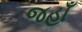
જહાઁ